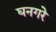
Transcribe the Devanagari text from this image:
घनगरे